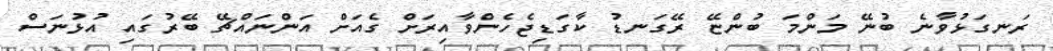
ރަނގަޅުވާނެ ބުނޭ މަންމަ ބުންޏޭ ރޭގަނޑު ކާގަޑިޖެހެންވާއިރަށް ގެއަށް އަންނައްޗޭ ބޭރުގައި އުޅުނަސް